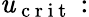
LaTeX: \mathit{u}_{\mathrm{{~c~r~i~t~}}}: